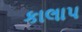
કાલાપ